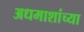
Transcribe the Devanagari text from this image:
अधमाशांच्या